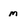
Character: m